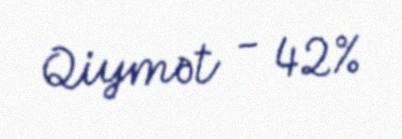
Qiymət - 42%